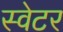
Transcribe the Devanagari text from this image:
स्‍वेटर